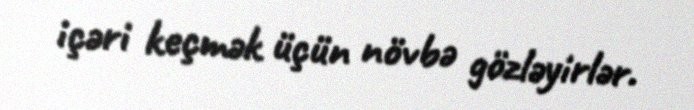
içəri keçmək üçün növbə gözləyirlər.